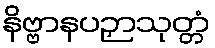
နိဗ္ဗာနပဉှာသုတ္တံ